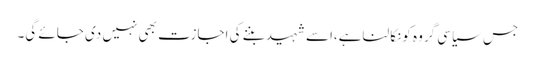
جس سیاسی گروہ کونکالناہے،اسے شہیدبننے کی اجازت بھی نہیں دی جائے گی۔